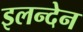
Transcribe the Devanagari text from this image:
इलन्देन